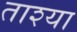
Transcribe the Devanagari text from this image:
ताश्या